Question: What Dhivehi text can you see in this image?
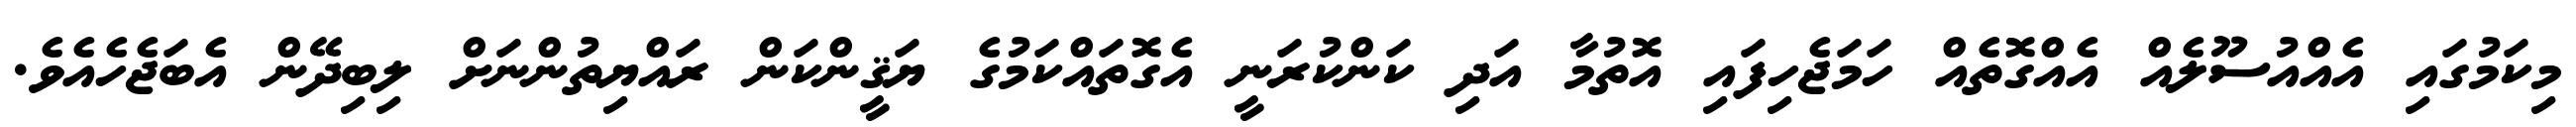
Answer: މިކަމުގައި އެއްއުސޫލެއް އެއްގޮތެއް ހަމަޖެހިފައި އޮތުމާ އަދި ކަންކުރަނީ އެގޮތައްކަމުގެ ޔަޤީންކަން ރައްޔިތުންނަށް ލިބިދޭން އެބަޖެހެއެވެ.